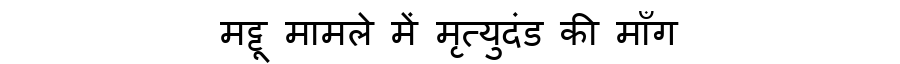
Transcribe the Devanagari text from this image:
मट्टू मामले में मृत्युदंड की माँग